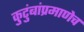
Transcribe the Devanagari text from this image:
कुटुंबांप्रमाणेच